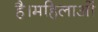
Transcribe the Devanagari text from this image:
है।महिलाओं